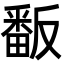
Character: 𭻫